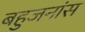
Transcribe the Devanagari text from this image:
बहुजनांस